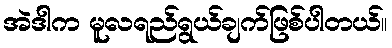
အဲဒါက မူလရည်ရွယ်ချက်ဖြစ်ပါတယ်။